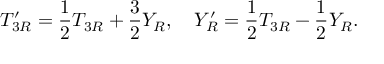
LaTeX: T _ { 3 R } ^ { \prime } = { \frac { 1 } { 2 } } T _ { 3 R } + { \frac { 3 } { 2 } } Y _ { R } , ~ ~ ~ Y _ { R } ^ { \prime } = { \frac { 1 } { 2 } } T _ { 3 R } - { \frac { 1 } { 2 } } Y _ { R } .